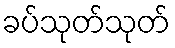
ခပ်သုတ်သုတ်